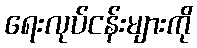
ရေးလုပ်ငန်းများကို